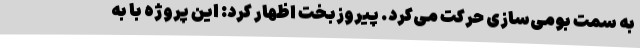
به سمت بومی‌سازی حرکت می‌کرد. پیروزبخت اظهار کرد: این پروژه با به